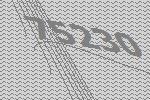
75230